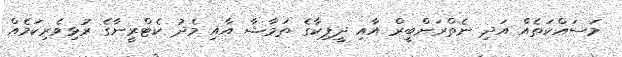
މަސައްކަތެއް އަދި ނެތްރަންބީރް އާއި ދީޕިކާގެ ތަމާޝާ އާއި މެދު ކެޓްރީނާގެ ރުޅިވެރިކަމެއް